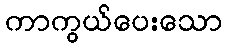
ကာကွယ်ပေးသော